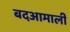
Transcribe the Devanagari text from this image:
बदआमाली